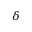
\delta